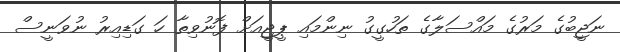
ނަޖީބުގެ މަރުގެ މައްސަލާގެ ތަހުގީގު ނިންމައި ޕީޖީއަށް ފޮނުވިތާ ހަ ގަޑިއިރު ނުވަނީސް